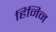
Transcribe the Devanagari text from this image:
हिनिन